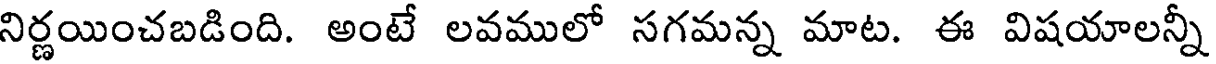
నిర్ణయించబడింది. అంటే లవములో సగమన్న మాట. ఈ విషయాలన్నీ